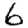
Digit: 6